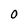
Character: O